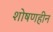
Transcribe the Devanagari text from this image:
शोषणहीन